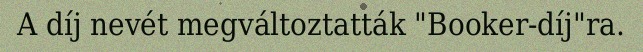
A díj nevét megváltoztatták "Booker-díj"ra.